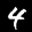
Label: 4